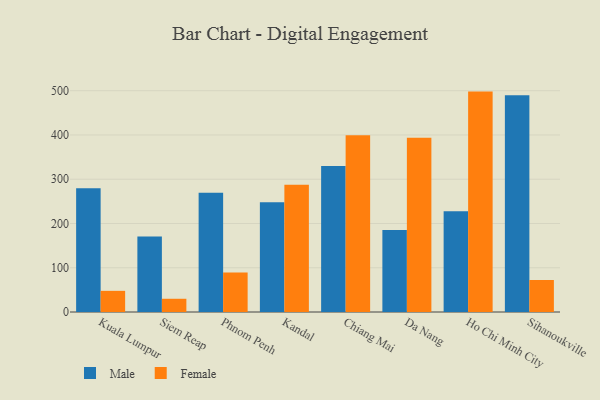
{"axis": {"x": "City", "y": "Churn Rate (%)"}, "legend": ["Female", "Male"], "data": [{"x": "Kuala Lumpur", "y": 279.6, "type": "Male"}, {"x": "Kuala Lumpur", "y": 47.8, "type": "Female"}, {"x": "Siem Reap", "y": 170.6, "type": "Male"}, {"x": "Siem Reap", "y": 29.9, "type": "Female"}, {"x": "Phnom Penh", "y": 269.5, "type": "Male"}, {"x": "Phnom Penh", "y": 89.0, "type": "Female"}, {"x": "Kandal", "y": 247.8, "type": "Male"}, {"x": "Kandal", "y": 287.6, "type": "Female"}, {"x": "Chiang Mai", "y": 330.0, "type": "Male"}, {"x": "Chiang Mai", "y": 399.4, "type": "Female"}, {"x": "Da Nang", "y": 185.3, "type": "Male"}, {"x": "Da Nang", "y": 393.9, "type": "Female"}, {"x": "Ho Chi Minh City", "y": 227.6, "type": "Male"}, {"x": "Ho Chi Minh City", "y": 498.0, "type": "Female"}, {"x": "Sihanoukville", "y": 490.0, "type": "Male"}, {"x": "Sihanoukville", "y": 72.3, "type": "Female"}]}